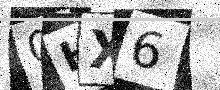
Text: 0HX6